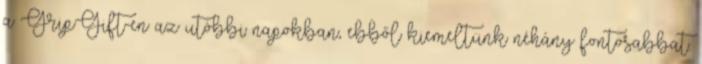
a GripGift-en az utóbbi napokban, ebből kiemeltünk néhány fontosabbat.